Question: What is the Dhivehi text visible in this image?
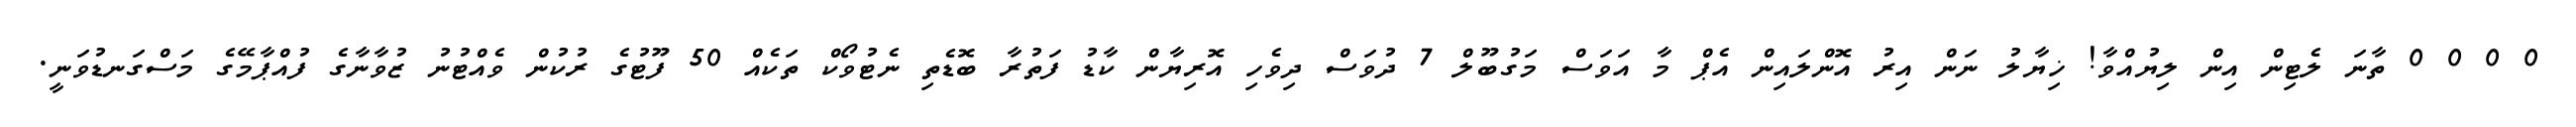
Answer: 0 0 0 0 ތާނަ ލެޓިން އިން ލިޔުއްވާ! ޚިޔާލު ނަން އިރު އޮންލައިން އެޕް މާ އަވަސް މަގުބޫލް 7 ދުވަސް ދިވެހި އޮރިޔާން ކާޑު ފަތުރާ ބޮޑެތި ނެޓުވޯކް ތަކެއް 50 ފޫޓުގެ ރުކުން ވެއްޓުނު ޒުވާނާގެ ފުއްޕާމޭގެ މަސްގަނޑުވަނީ.